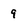
Character: 9